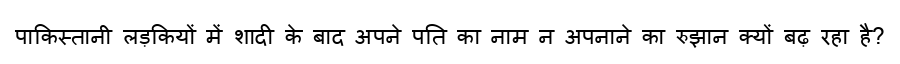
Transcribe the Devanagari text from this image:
पाकिस्तानी लड़कियों में शादी के बाद अपने पति का नाम न अपनाने का रुझान क्यों बढ़ रहा है?